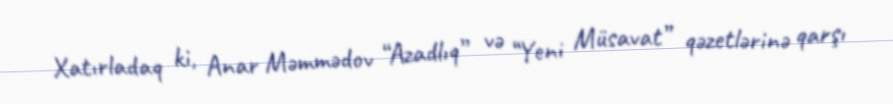
Xatırladaq ki, Anar Məmmədov “Azadlıq” və “Yeni Müsavat” qəzetlərinə qarşı